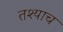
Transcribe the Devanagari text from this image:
तश्याच